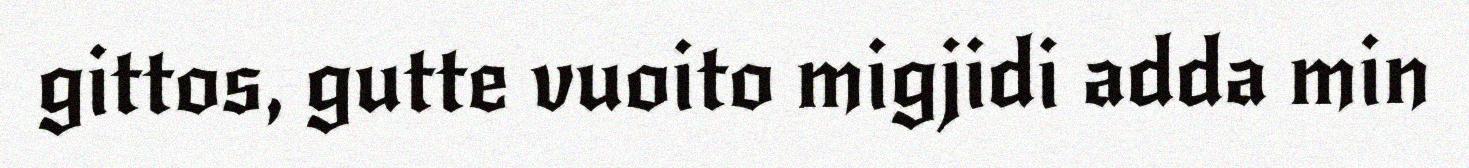
gittos, gutte vuoito migjidi adda min